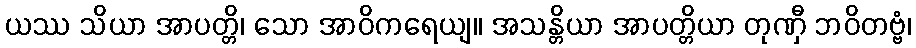
ယဿ သိယာ အာပတ္တိ၊ သော အာဝိကရေယျ။ အသန္တိယာ အာပတ္တိယာ တုဏှီ ဘဝိတဗ္ဗံ၊